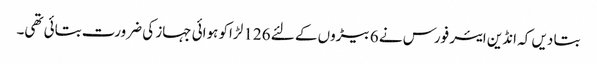
بتا دیں کہ انڈین ایئر فورس نے 6 بیڑوں کے لئے 126 لڑاکو ہوائی جہاز کی ضرورت بتائی تھی۔